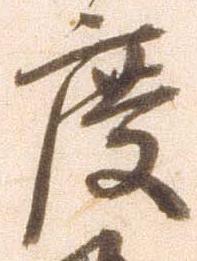
度